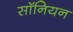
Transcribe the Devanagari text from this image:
सॉनियन